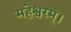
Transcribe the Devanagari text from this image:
महेश्वरम्।